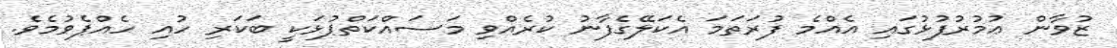
ޒުވާން ޢުމުރުފުޅުގައި އެއްމެ ފުރަތަމަ އެކަލޭގެފާނު ކުރެއްވި މަސައްކަތްޕުޅަކީ ބަކަރި ހުއި ހެއްޕެވުމެވެ.